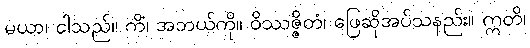
မယာ၊ ငါသည်။ ကိံ၊ အဘယ်ကို။ ဝိဿဇ္ဇိတံ၊ ဖြေဆိုအပ်သနည်း။ ဣတိ၊